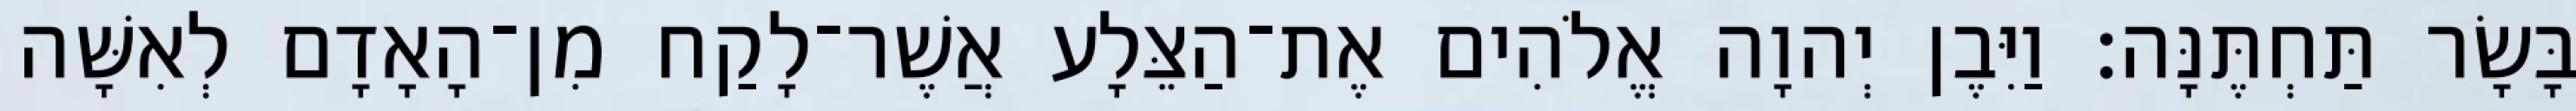
בָּשָׂר תַּחְתֶּנָּה׃ וַיִּבֶן יְהוָה אֱלֹהִים אֶת־הַצֵּלָע אֲשֶׁר־לָקַח מִן־הָאָדָם לְאִשָּׁה